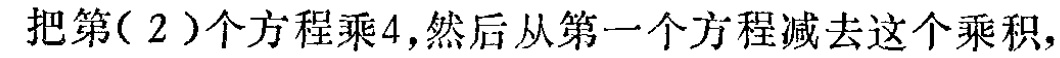
把第( 2 )个方程乘4,然后从第一个方程减去这个乘积,